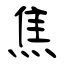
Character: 焦